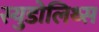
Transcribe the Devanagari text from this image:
स्युडोलिथ्स